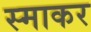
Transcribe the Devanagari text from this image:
स्‍माकर